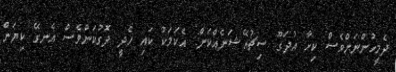
ދެމީހުންނަށްވެސް ކިހާ އުދަގޫ ސިޗުއޭޝަނެއްކަން. އެކަމަކު ކައި ހެދީ ދޮގުކަންވެސް އެނގޭ ކިޔަން